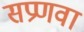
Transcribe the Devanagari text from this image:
सप्रणवा